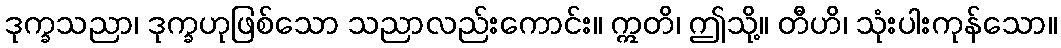
ဒုက္ခသညာ၊ ဒုက္ခဟုဖြစ်သော သညာလည်းကောင်း။ ဣတိ၊ ဤသို့။ တီဟိ၊ သုံးပါးကုန်သော။